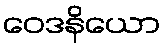
ဝေဒနိယော